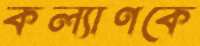
কল্যাণকে